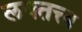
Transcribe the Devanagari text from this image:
लयतत्त्व